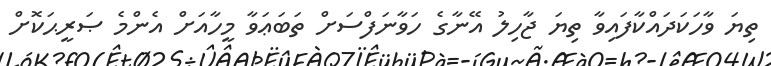
ތިޔަ ވާހަކަދައްކާފައިވާ ތިޔަ ޖާހިލު އޭނާގެ ހަވާނަފްސަށް ތަބަޢަވާ މީހާއަށް އެންމެ ޞަރީޙަކޮށް